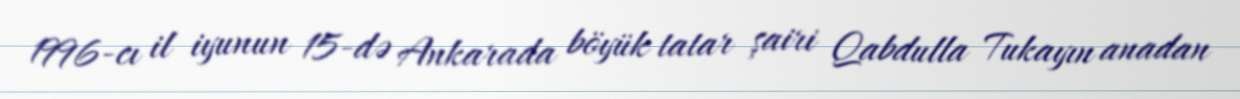
1996-cı il iyunun 15-də Ankarada böyük tatar şairi Qabdulla Tukayın anadan